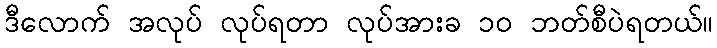
ဒီလောက် အလုပ် လုပ်ရတာ လုပ်အားခ ၁၀ ဘတ်စီပဲရတယ်။